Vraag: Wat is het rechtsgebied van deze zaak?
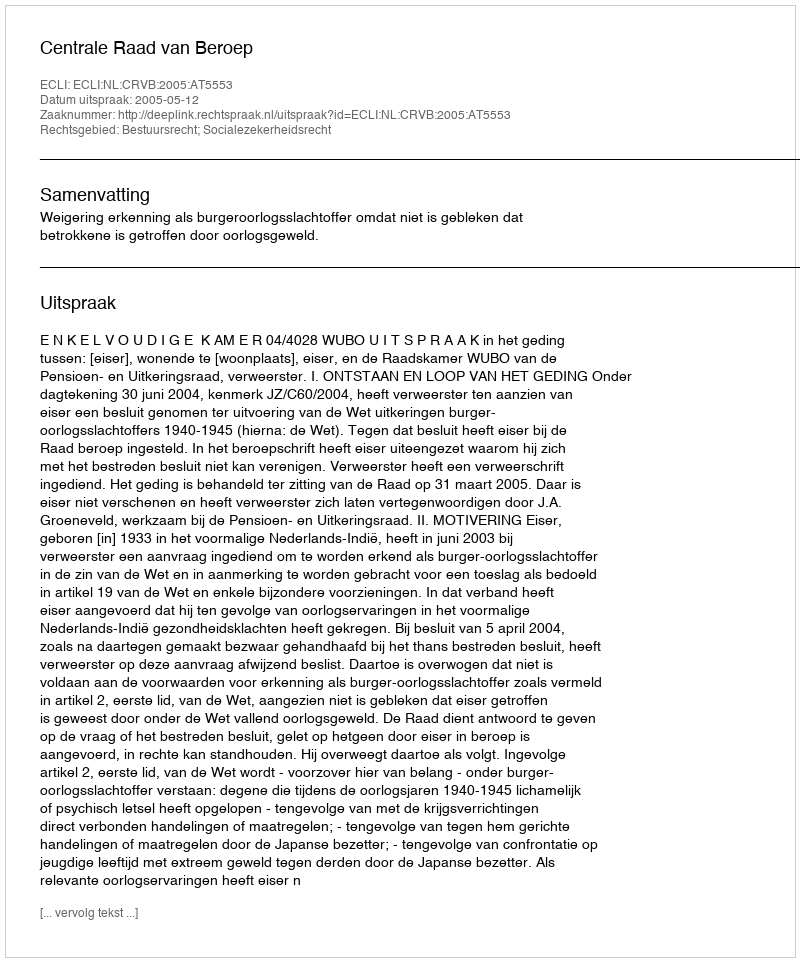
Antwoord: Bestuursrecht; Socialezekerheidsrecht